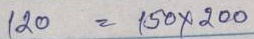
120 = 150 x 200